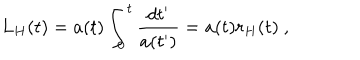
LaTeX: L _ { H } ( t ) = a ( t ) \int _ { 0 } ^ { t } \frac { d t ^ { \prime } } { a ( t ^ { \prime } ) } = a ( t ) r _ { H } ( t ) \ ,